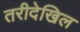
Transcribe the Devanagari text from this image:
तरीदेखिल